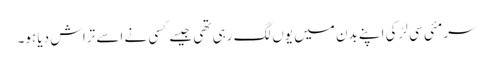
سرمئی سی لڑکی اپنے بدن میں یوں لگ رہی تھی جیسے کسی نے اسے تراش دیا ہو۔